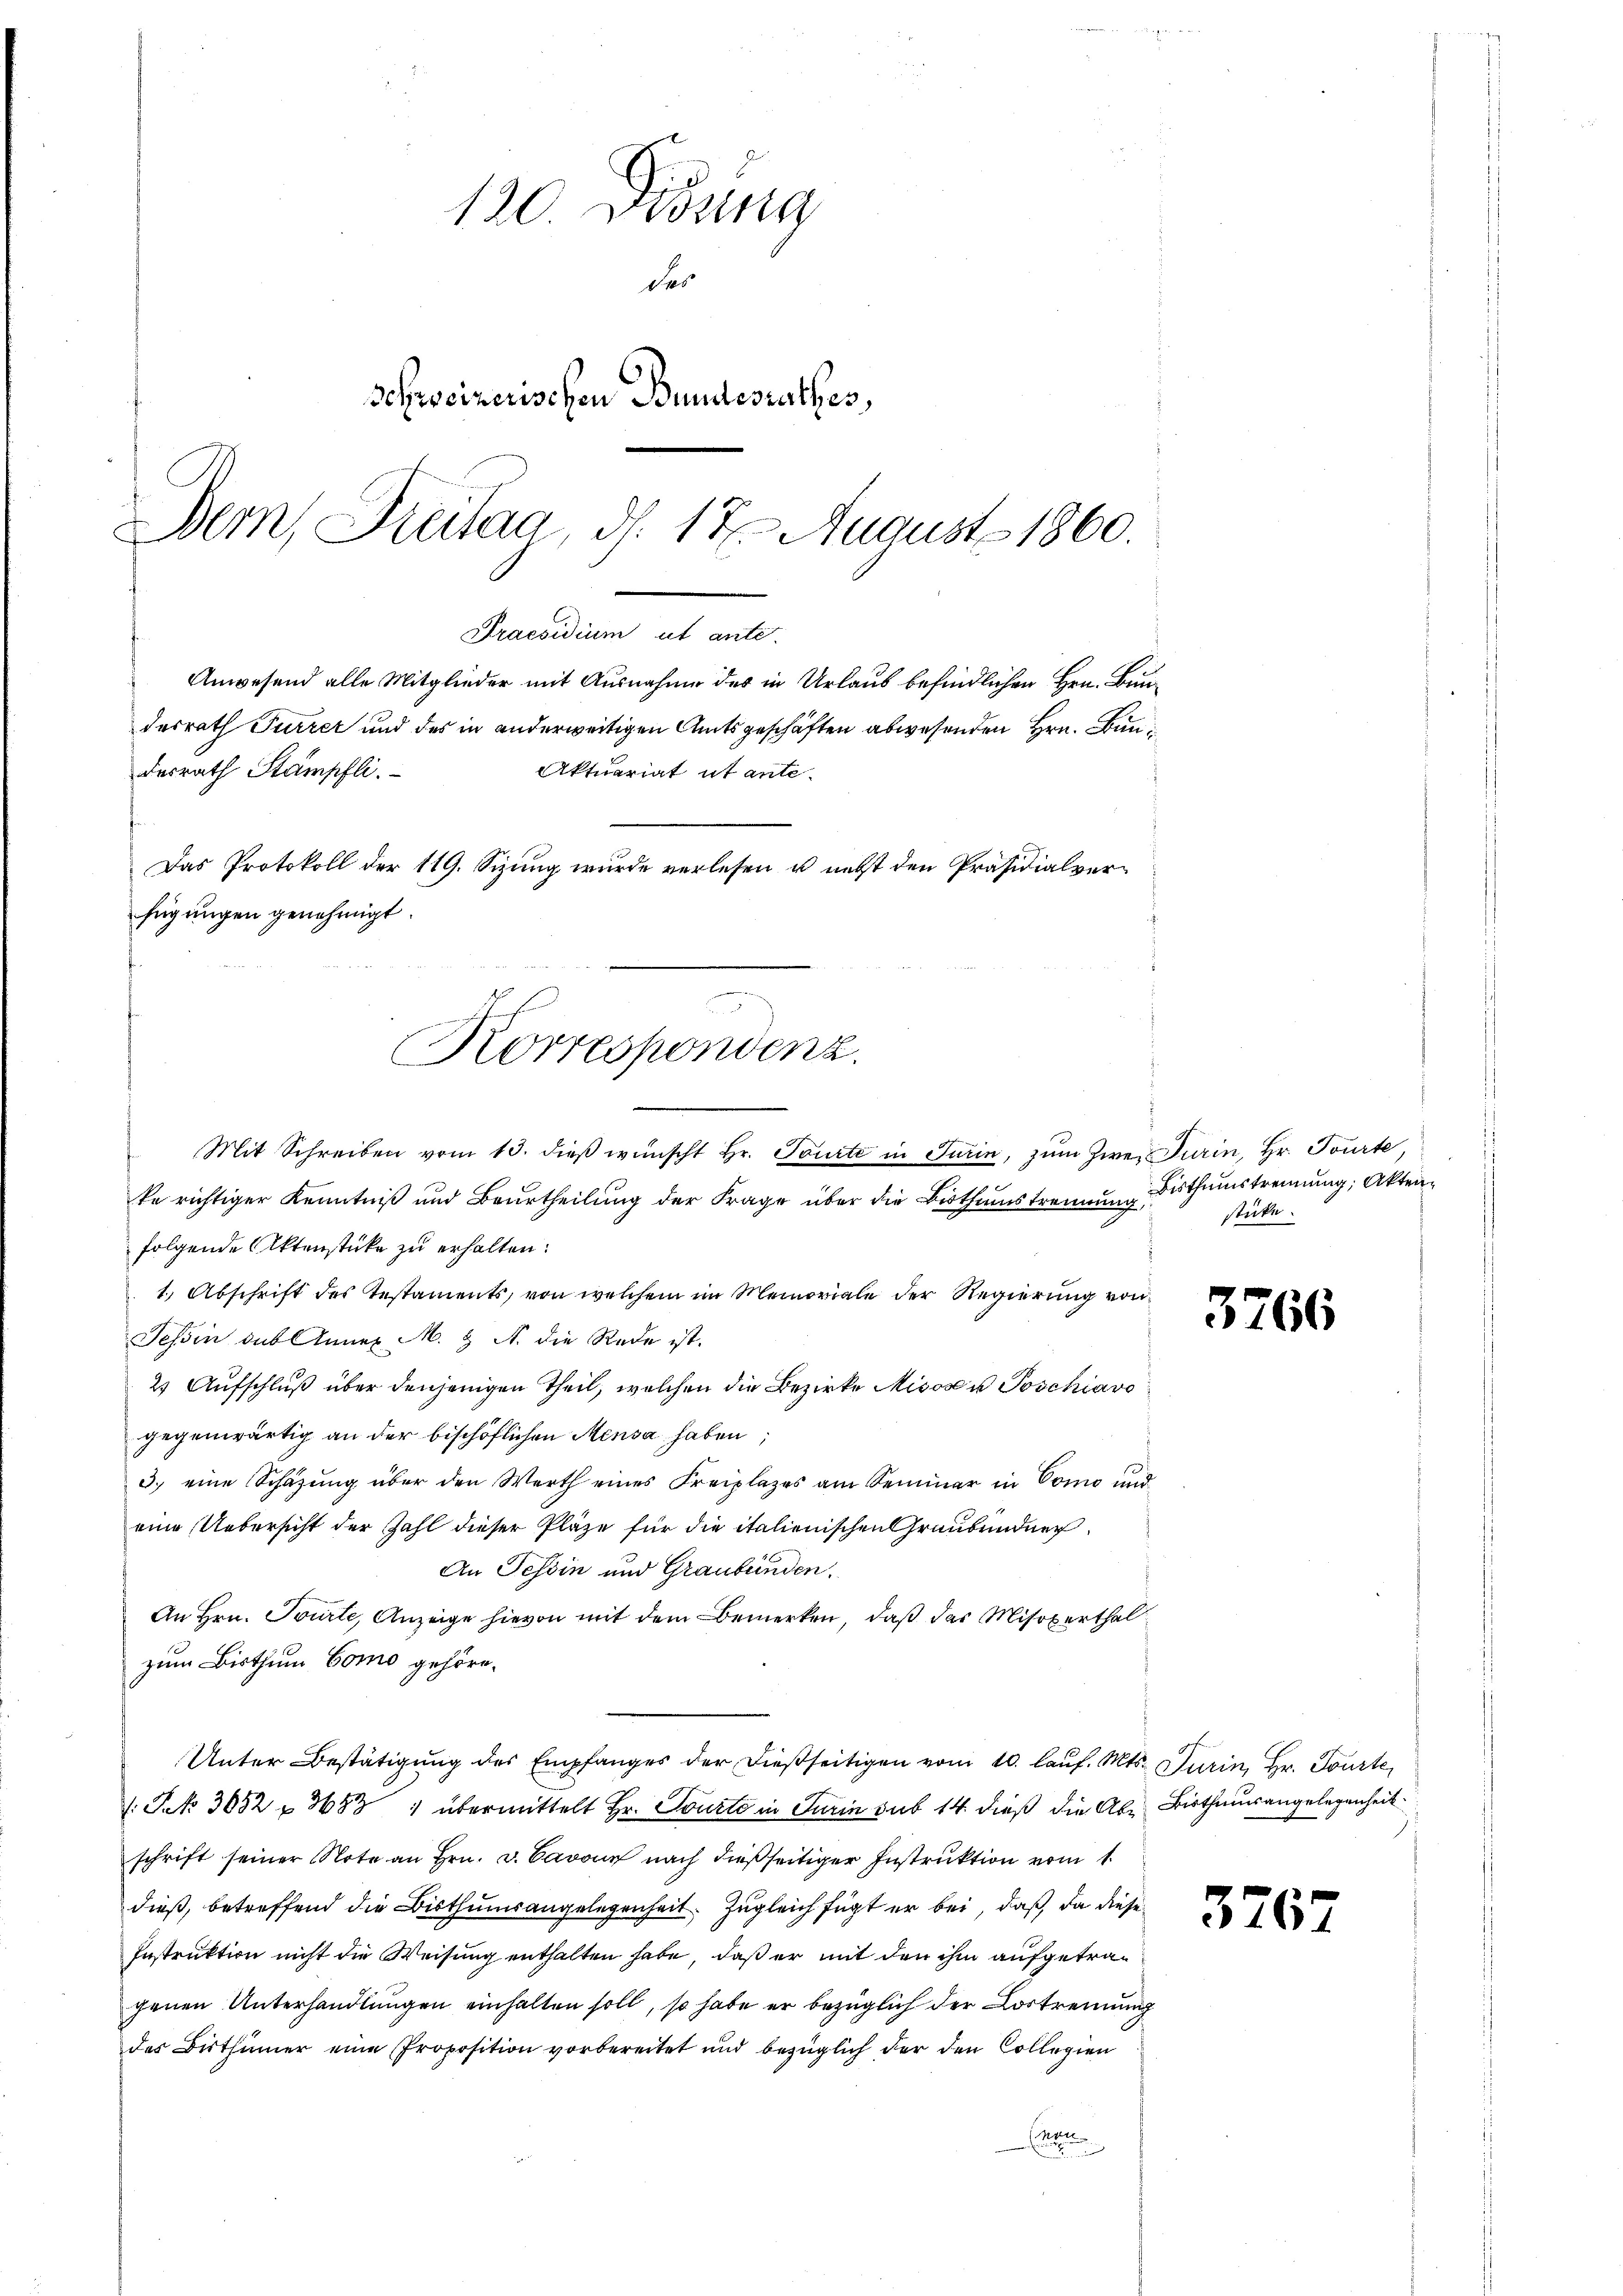
130. Didung
des
Schweizerischen Bundesrathes,

Mit Schreiben vom 13. dieß wünscht Hr. Tourti in Turin, zum Zwete richtiger Kenntniß und Beurtheilung der Frage über die Bisthumstrennung, stücke
folgende Aktenstücke zu erhalten.
1.) Abschrift des Testaments, von welchem im Memoriale der Regierŭng von
Tessin das Annex M. & A. die Rede ist.
2) Aufschluß über denjenigen Theil, welchen die Bezirke Misoser Poschiavo
gegenwärtig an der bischöflichen Mensa haben;
3.) eine Schäzŭng über den Werth eines Freiplazes am Seminar in Como und
eine Uebersicht der Zahl dieser Pläze für die italienischen Graubündner
An Tessin und Graubünden.
An Hrn. Tourte, Anzeige hievon mit dem Bemerken, daß das Misoxerthal
zum Bisthum Como gehöre.
Unter Bestätigŭng des Empfanges der dießseitigen vom 10. laŭf. Mts. Turin, Hr. Tourte
1. Sek 3052 u 3683 ) übermittelt Hr. Tourto in Turin sub 14. dieß die Ale Bisthausangelegenheit
schrift seiner Note an Hrn. v. Cavoux nach dießseitiger Instruktion vom 1.
dieß, betreffend die Bisthumsangelegenheit. Zugleich fügt er bei, daß da diese
Instruktion nicht die Weisung enthalten habe, daß er mit den ihm aufgetragenen Unterhandlungen einhalten soll, so habe er bezüglich der Lostrennung
des Bisthümer eine Proposition vorbereitet und bezüglich der den Collegien
Che

Bern, Dreitag, d. 17. August 1860.
Praesidium
Anwesend alle Mitglieder mit Ausnahme des in Urlaub befindlichen Hrn. Bundesrath Furrer und des in anderweitigen Amtsgeschäften abwesenden Hrn. Bundesrath Stämpfli
Aktuariat ut ante-
Das Protokoll der 119. Sizung wurde verlesen u. nebst den Präsidialverfügungen genehmigt.
n
Korrespondenz.

Turin, Hr. Tourte,
Bisthumstrennung, Akten¬

3766

3767